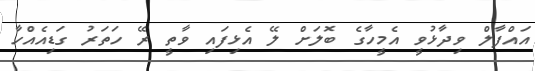
އައްފާލް ވިދާޅުވީ އެމީހާގެ ބޮލަށް ލޭ އެޅިފައި ވާތީ ރޭ ހަތަރު ގަޑިއެއްހާ